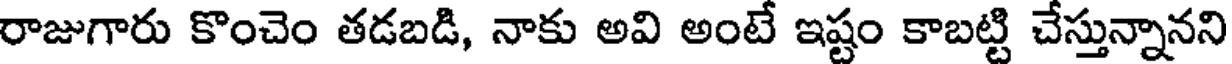
రాజుగారు కొంచెం తడబడి, నాకు అవి అంటే ఇష్టం కాబట్టి చేస్తున్నానని